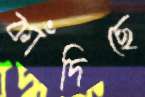
কাঁদিছে